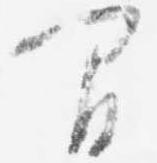
間